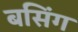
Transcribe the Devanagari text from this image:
बसिंग